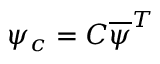
\psi _ { c } = C { \overline { { \psi } } } ^ { T }